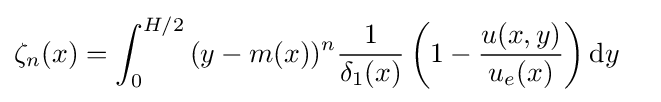
{\zeta _{n}(x)}=\int _{0}^{H/2}{(y-m(x))^{n}{1 \over \delta _{1}(x)}\left(1-{u(x,y) \over u_{e}(x)}\right)\mathrm {d} y}\quad